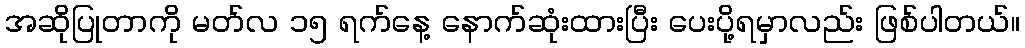
အဆိုပြုတာကို မတ်လ ၁၅ ရက်နေ့ နောက်ဆုံးထားပြီး ပေးပို့ရမှာလည်း ဖြစ်ပါတယ်။